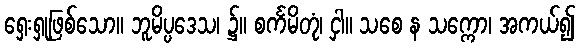
ရှေးရှုဖြစ်သော။ ဘူမိပ္ပဒေသ၊ ၌။ စင်္ကမိတုံ၊ ငှါ။ သစေ န သက္ကော၊ အကယ်၍